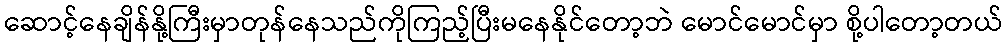
ဆောင့်နေချိန်နို့ကြီးမှာတုန်နေသည်ကိုကြည့်ပြီးမနေနိုင်တော့ဘဲ မောင်မောင်မှာ စို့ပါတော့တယ်